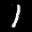
Label: 1